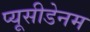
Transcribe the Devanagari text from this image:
प्यूसीडेनम